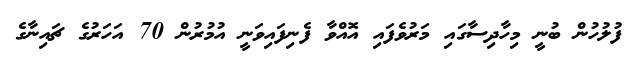
ފުލުހުން ބުނީ މިހާދިސާގައި މަރުވެފައި އޮއްވާ ފެނިފައިވަނީ އުމުރުން 70 އަހަރުގެ ޗައިނާގެ